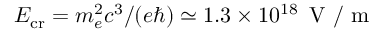
E _ { \mathrm { c r } } = m _ { e } ^ { 2 } c ^ { 3 } / ( e \hbar ) \simeq 1 . 3 \times 1 0 ^ { 1 8 } \, \mathrm { ~ V ~ } / \mathrm { ~ m ~ }